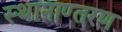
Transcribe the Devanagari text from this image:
स्थानाण्तरण